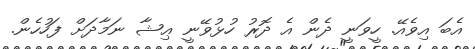
އެބަ އިވެއޭ. ހީވަނީ ދެން އެ ދޮރު ހުޅުވޭނީ ޢިޝާ ނަމާދަށް ފަހުހެން.